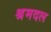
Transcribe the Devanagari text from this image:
श्रमदल